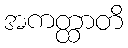
အကတ္ထာတိ